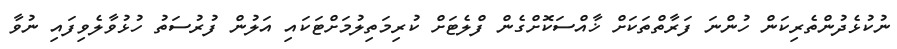
ނުކުޅެދުންތެރިކަން ހުންނަ ފަރާތްތަކަށް ޚާއްސަކޮށްގެން ފްލެޓަށް ކުރިމަތިލުމަށްޓަކައި އަލުން ފުރުސަތު ހުޅުވާލެވިފައި ނުވާ